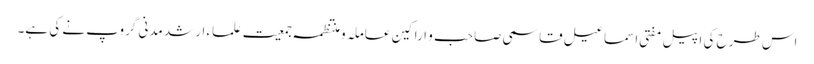
اس طرح کی اپیل مفتی اسماعیل قاسمی صاحب و اراکین عاملہ و منتظمہ جمعیت علماء ارشد مدنی گروپ نے کی ہے۔